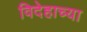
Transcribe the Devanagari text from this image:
विदेहाच्या